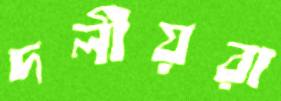
দলীয়রা